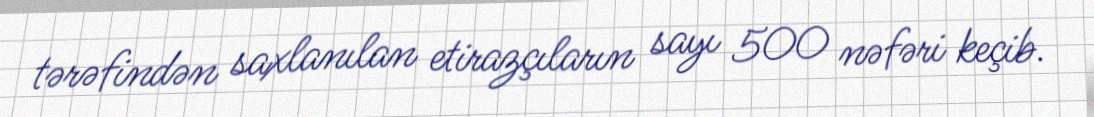
tərəfindən saxlanılan etirazçıların sayı 500 nəfəri keçib.